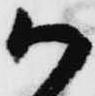
か